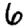
Digit: 6